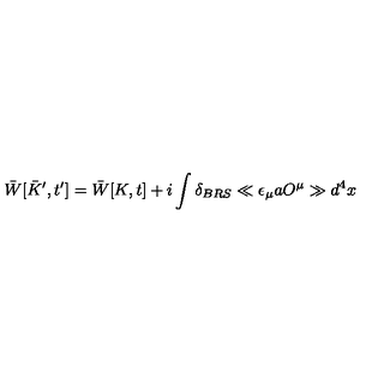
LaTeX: \bar { W } [ \bar { K } ^ { \prime } , t ^ { \prime } ] = \bar { W } [ K , t ] + i \int \delta _ { B R S } \ll \epsilon _ { \mu } a O ^ { \mu } \gg d ^ { 4 } x